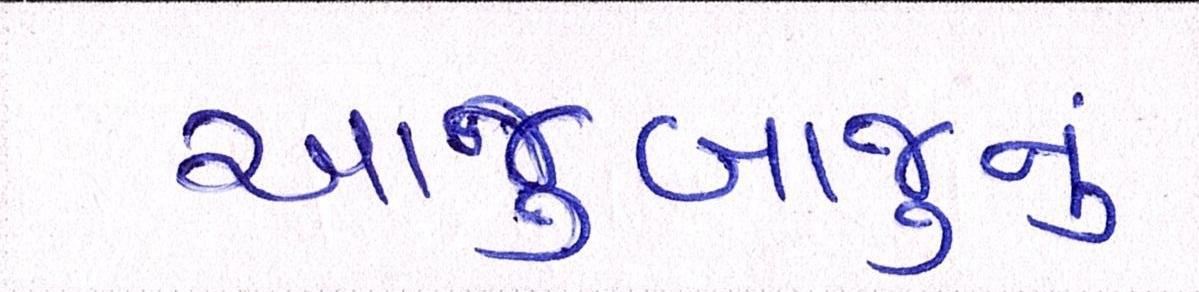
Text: આજુબાજુનું